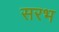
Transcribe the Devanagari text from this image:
सरभ